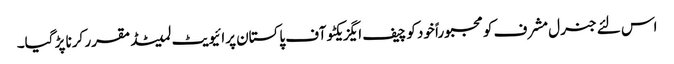
اس لئے جنرل مشرف کو مجبوراً خود کو چیف ایگزیکٹو آف پاکستان پرائیویٹ لمیٹڈ مقرر کرنا پڑ گیا۔